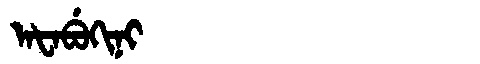
Manchu: ᠠᡶᠠᠪᡠᡴᡳᠨᡳ
Romanization: AFABUKINI